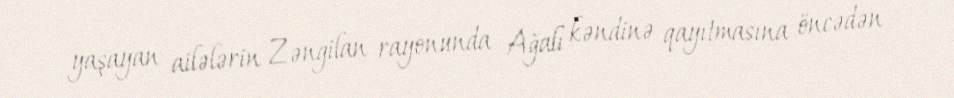
yaşayan ailələrin Zəngilan rayonunda Ağalı kəndinə qayıtmasına öncədən